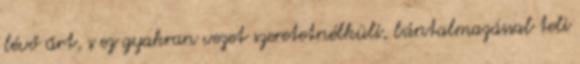
lévő űrt, s ez gyakran vezet szeretetnélküli, bántalmazással teli